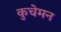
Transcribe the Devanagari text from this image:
कुचेमन